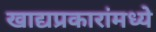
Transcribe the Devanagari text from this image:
खाद्यप्रकारांमध्ये